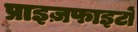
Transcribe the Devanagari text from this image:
प्राइज़फाइटों